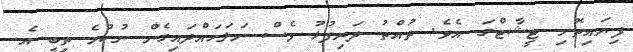
ފިޔައިތޮށި ޓީޝާޓްގަ އެވެ. ތުއްތު ދަރިފުޅު ވެސް ނަލަހައްދައިގެން ނުކުމެ ތިބީ އެ